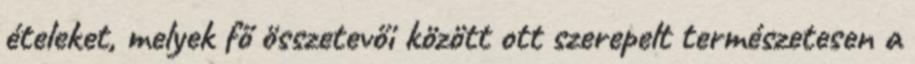
ételeket, melyek fő összetevői között ott szerepelt természetesen a